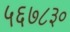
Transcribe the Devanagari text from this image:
५६७८३०